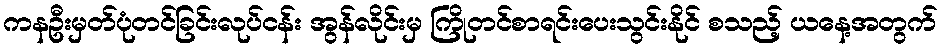
ကနဦးမှတ်ပုံတင်ခြင်းလုပ်ငန်း အွန်လိုင်းမှ ကြိုတင်စာရင်းပေးသွင်းနိုင် စသည့် ယနေ့အတွက်